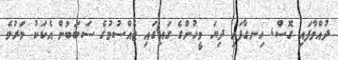
ދުއްވާފައި ގޮސްް